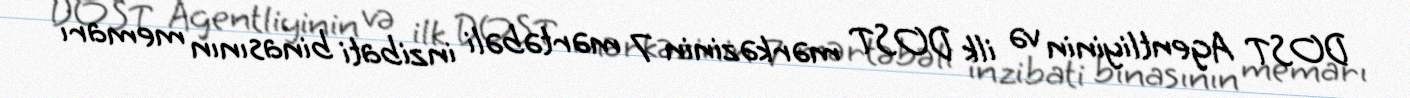
DOST Agentliyinin və ilk DOST mərkəzinin 7 mərtəbəli inzibati binasının memarı